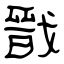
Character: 戩